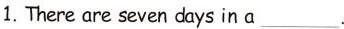
1. There are seven days in a ___.